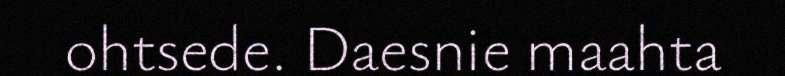
ohtsede. Daesnie maahta